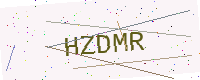
Text: HZDMR